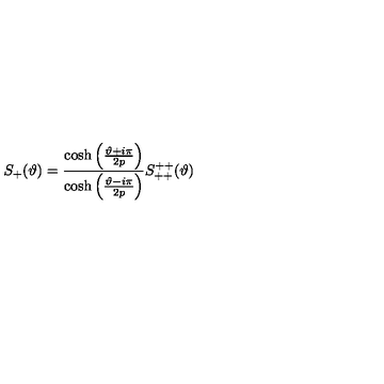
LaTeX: S _ { + } ( \vartheta ) = \frac { \cosh \left( \frac { \vartheta + i \pi } { 2 p } \right) } { \cosh \left( \frac { \vartheta - i \pi } { 2 p } \right) } S _ { + + } ^ { + + } ( \vartheta )